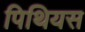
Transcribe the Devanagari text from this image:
पिथियस